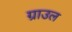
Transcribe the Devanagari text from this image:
ग्राउल